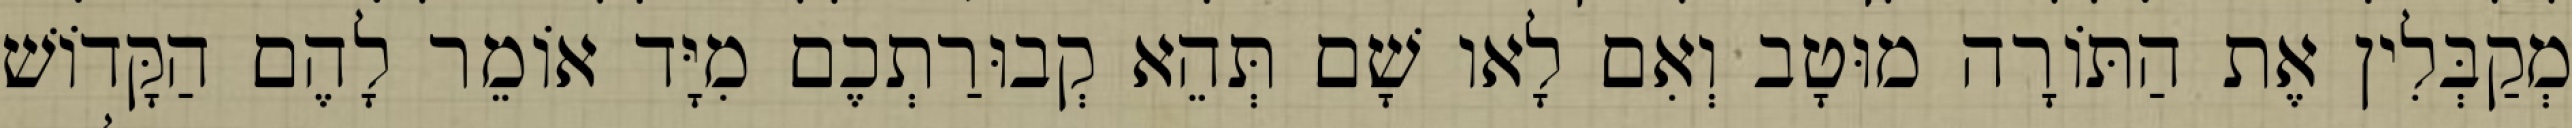
מְקַבְּלִין אֶת הַתּוֹרָה מוּטָב וְאִם לָאו שָׁם תְּהֵא קְבוּרַתְכֶם מִיָּד אוֹמֵר לָהֶם הַקָּדוֹשׁ